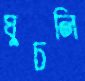
ঘুচলি